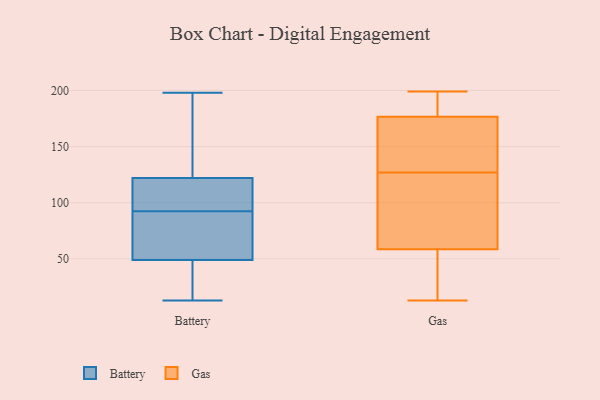
{"axis": {"x": "Operating Costs (USD K)", "y": "Value"}, "legend": ["Battery", "Gas"], "data": [{"x": "", "y": 140, "type": "Battery"}, {"x": "", "y": 38, "type": "Battery"}, {"x": "", "y": 113, "type": "Battery"}, {"x": "", "y": 13, "type": "Battery"}, {"x": "", "y": 93, "type": "Battery"}, {"x": "", "y": 131, "type": "Battery"}, {"x": "", "y": 113, "type": "Battery"}, {"x": "", "y": 49, "type": "Battery"}, {"x": "", "y": 101, "type": "Battery"}, {"x": "", "y": 122, "type": "Battery"}, {"x": "", "y": 45, "type": "Battery"}, {"x": "", "y": 185, "type": "Battery"}, {"x": "", "y": 57, "type": "Battery"}, {"x": "", "y": 55, "type": "Battery"}, {"x": "", "y": 25, "type": "Battery"}, {"x": "", "y": 198, "type": "Battery"}, {"x": "", "y": 72, "type": "Battery"}, {"x": "", "y": 92, "type": "Battery"}, {"x": "", "y": 168, "type": "Gas"}, {"x": "", "y": 51, "type": "Gas"}, {"x": "", "y": 181, "type": "Gas"}, {"x": "", "y": 127, "type": "Gas"}, {"x": "", "y": 175, "type": "Gas"}, {"x": "", "y": 22, "type": "Gas"}, {"x": "", "y": 191, "type": "Gas"}, {"x": "", "y": 67, "type": "Gas"}, {"x": "", "y": 17, "type": "Gas"}, {"x": "", "y": 154, "type": "Gas"}, {"x": "", "y": 61, "type": "Gas"}, {"x": "", "y": 154, "type": "Gas"}, {"x": "", "y": 119, "type": "Gas"}, {"x": "", "y": 196, "type": "Gas"}, {"x": "", "y": 13, "type": "Gas"}, {"x": "", "y": 199, "type": "Gas"}, {"x": "", "y": 64, "type": "Gas"}]}